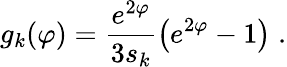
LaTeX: g_{k}(\varphi)=\frac{e^{2\varphi}}{3s_{k}}\left(e^{2\varphi}-1\right)\; .